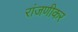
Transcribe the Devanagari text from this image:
रांजणीकर